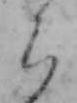
ら